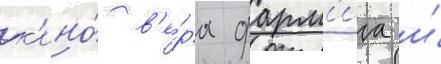
к'ино́ в'е́ра фарм'ига и́